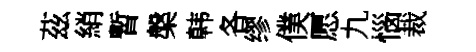
茲綃暫槃韩各缪僕愿九惱裁